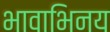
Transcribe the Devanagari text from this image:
भावाभिनय